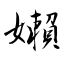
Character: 嬾